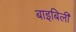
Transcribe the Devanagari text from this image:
बाइबिली